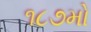
૧૮૭મો